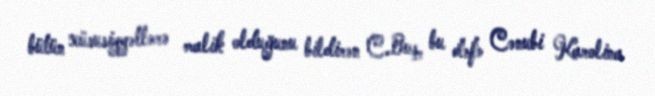
bütün xüsusiyyətlərə malik olduğunu bildirən C.Buş, bu dəfə Cənubi Karolina